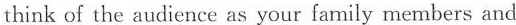
think of the audience as your family members and